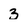
Character: 3